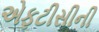
એફટીસીની